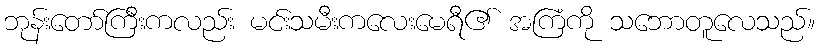
ဘုန်းတော်ကြီးကလည်း မင်းသမီးကလေးမေရီ၏ အကြံကို သဘောတူလေသည်။